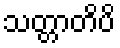
သတ္တာတိပိ